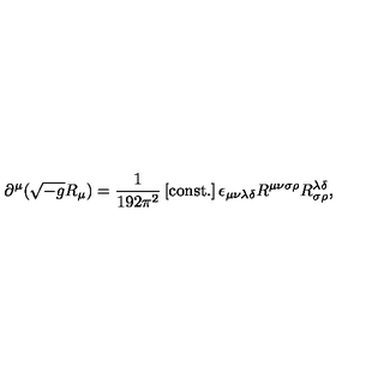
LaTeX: \partial ^ { \mu } ( \sqrt { - g } R _ { \mu } ) = \frac { 1 } { 1 9 2 \pi ^ { 2 } } \left[ \mathrm { c o n s t . } \right] \epsilon _ { \mu \nu \lambda \delta } R ^ { \mu \nu \sigma \rho } R _ { \sigma \rho } ^ { \lambda \delta } ,